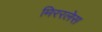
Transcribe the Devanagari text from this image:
मिररलेस